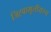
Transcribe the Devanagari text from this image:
जिह्वामूलीयस्य